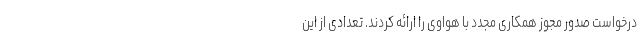
درخواست صدور مجوز همکاری مجدد با هواوی را ارائه کردند. تعدادی از این